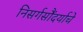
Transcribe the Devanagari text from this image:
निसर्गसौंदर्याचे